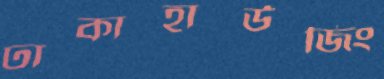
ঢাকাহাউজিং